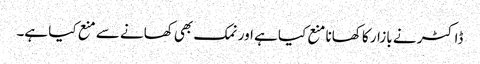
ڈاکٹر نے بازار کا کھانا منع کیا ہے اور نمک بھی کھانے سے منع کیا ہے۔